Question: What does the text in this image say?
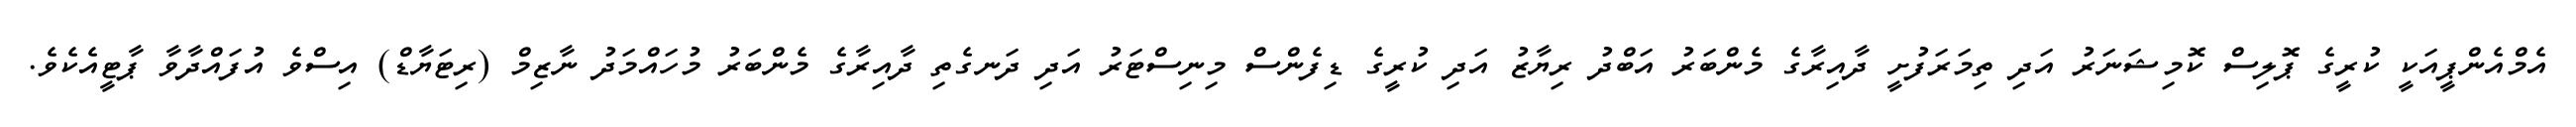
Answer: އެމްއެންޕީއަކީ ކުރީގެ ޕޮލިސް ކޮމިޝަނަރު އަދި ތިމަރަފުށީ ދާއިރާގެ މެންބަރު އަބްދު ރިޔާޒު އަދި ކުރީގެ ޑިފެންސް މިނިސްޓަރު އަދި ދަނގެތި ދާއިރާގެ މެންބަރު މުހައްމަދު ނާޒިމް (ރިޓަޔާޑް) އިސްވެ އުފައްދާވާ ޕާޓީއެކެވެ.